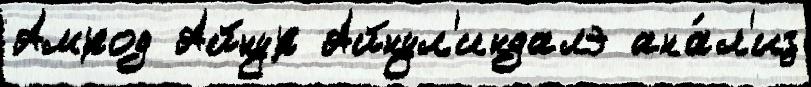
Амрод Айнур Айнул'индалэ ана́л'из